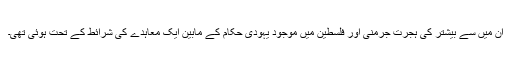
ان میں سے بیشتر کی ہجرت جرمنی اور فلسطین میں موجود یہودی حکام کے مابین ایک معاہدے کی شرائط کے تحت ہوئی تھی۔